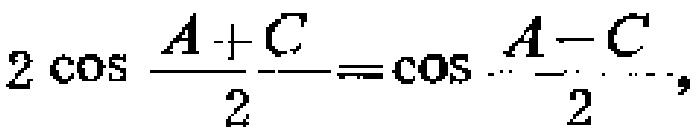
$2\cos\frac{A + C}{2}=\cos\frac{A - C}{2},$